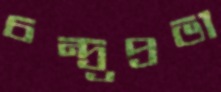
চন্দ্র্রপ্রভা